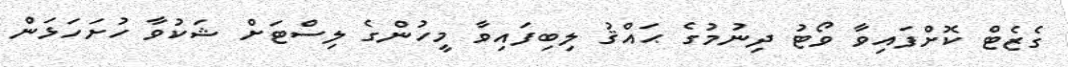
ގެޒެޓް ކޮށްފައިވާ ވޯޓު ދިނުމުގެ ޙައްޤު ލިބިފައިވާ މީހުންގެ ލިސްޓަށް ޝަކުވާ ހުށަހަޅަން